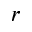
\boldsymbol { r }